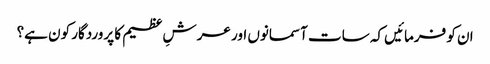
ان کو فرمائیں کہ سات آسمانوں اور عرشِ عظیم کا پروردگار کون ہے؟